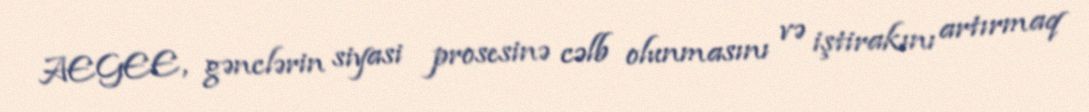
AEGEE, gənclərin siyasi prosesinə cəlb olunmasını və iştirakını artırmaq